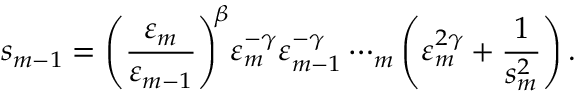
s _ { m - 1 } = \mathopen { } \mathclose \bgroup \left( \frac { \varepsilon _ { m } } { \varepsilon _ { m - 1 } } \aftergroup \egroup \right) ^ { \! \beta } \varepsilon _ { m } ^ { - \gamma } \varepsilon _ { m - 1 } ^ { - \gamma } \cdots _ { m } \mathopen { } \mathclose \bgroup \left( \varepsilon _ { m } ^ { 2 \gamma } + \frac { 1 } { s _ { m } ^ { 2 } } \aftergroup \egroup \right) \, .